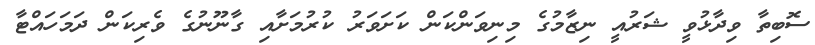
ސޮބިތާ ވިދާޅުވީ ޝަރުއީ ނިޒާމުގެ މިނިވަންކަން ކަށަވަރު ކުރުމަށާއި ގާނޫނުގެ ވެރިކަން ދަމަހައްޓާ